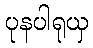
ပုနပါရုယှ